Annual report of the Punjab Veterinary College and of the Civil Veterinary Department, Punjab - 1926-1932
Year: 1926
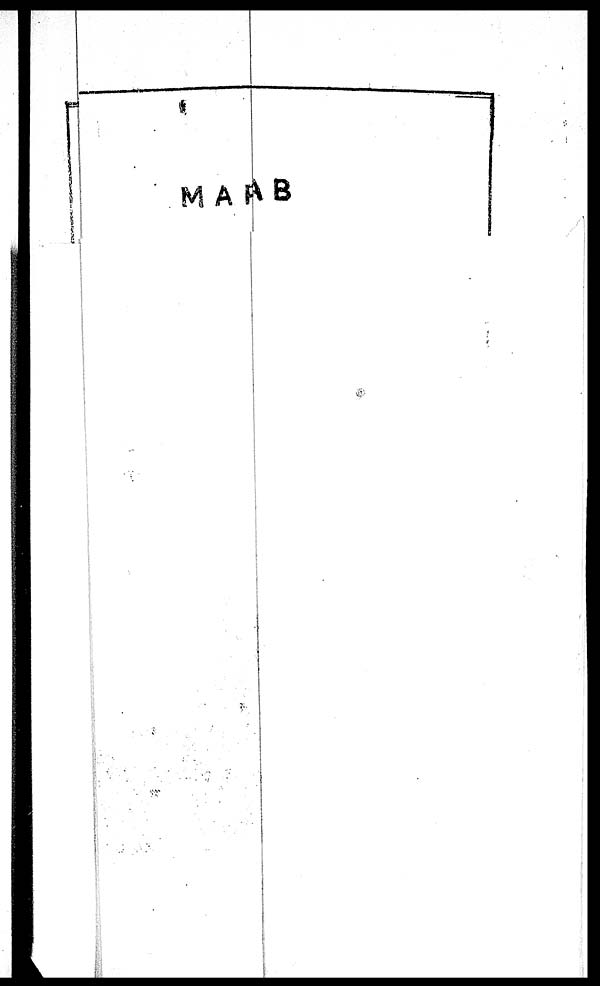
M A A B